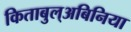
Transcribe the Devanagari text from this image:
किताबुल्अबिनिया